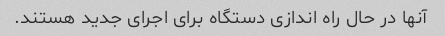
آنها در حال راه اندازی دستگاه برای اجرای جدید هستند.